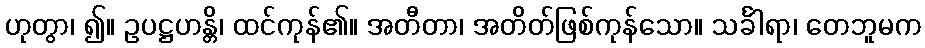
ဟုတွာ၊ ၍။ ဥပဋ္ဌဟန္တိ၊ ထင်ကုန်၏။ အတီတာ၊ အတိတ်ဖြစ်ကုန်သော။ သင်္ခါရာ၊ တေဘူမက